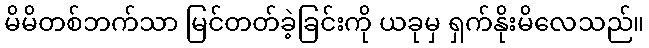
မိမိတစ်ဘက်သာ မြင်တတ်ခဲ့ခြင်းကို ယခုမှ ရှက်နိုးမိလေသည်။